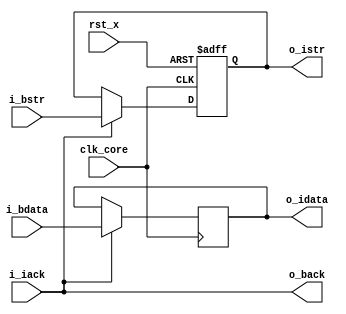
module fm_3d_mu_dif (
  clk_core,
  rst_x,
  // bus side port
  i_bstr,
  i_bdata,
  o_back,
  // internal port
  o_istr,
  o_idata,
  i_iack
);

parameter P_WIDTH = 36;
////////////////////////////
// I/O definitions
////////////////////////////
input         i_bstr;         // input strobe
input  [P_WIDTH-1:0]
              i_bdata;        // input data (Write Data + BE)
output        o_back;         // output acknowledge

output        o_istr;         // output strobe
output [P_WIDTH-1:0]
              o_idata;        // output data
input         i_iack;         // input acknowledge

input         clk_core;            // system clock
input         rst_x;          // system reset

/////////////////////////
//  register definition
/////////////////////////
// input register
reg           r_bstr;
reg    [P_WIDTH-1:0]
              r_bdata;

/////////////////////////
//  wire definition
/////////////////////////
/////////////////////////
//  assign statement
/////////////////////////
assign o_istr = r_bstr;
assign o_idata = r_bdata;
assign o_back = i_iack;
/////////////////////////
//  always statement
/////////////////////////
always @(posedge clk_core or negedge rst_x) begin
  if (~rst_x) begin
    r_bstr <= 1'b0;
  end else begin
    if (i_iack) r_bstr <= i_bstr;
  end
end

always @(posedge clk_core) begin
  if (i_iack) r_bdata <= i_bdata;
end

endmodule